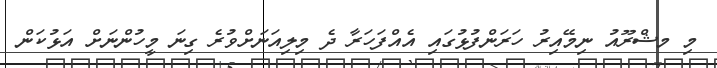
މި މޝްރޫއު ނިމޭއިރު ހަރަންފުޅުގައި އެއްފަހަރާ ދެ މިލިއަނަށްވުރެ ގިނަ މީހުންނަށް އަޅުކަން